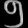
Digit: ၅